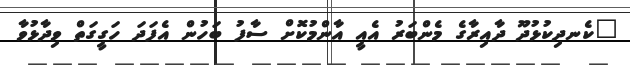
"ކެނދިކުޅުދޫ ދާއިރާގެ މެންބަރު އެއީ އާންމުކޮށް ސާފު ބަހުން އެފަދަ ހަގީގަތް ވިދާޅުވާ